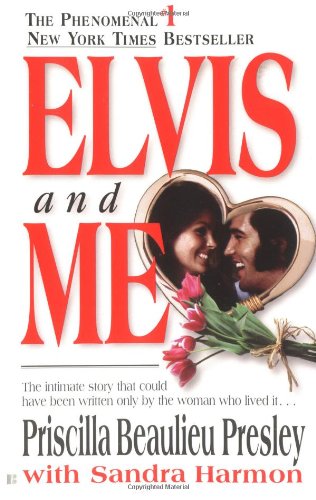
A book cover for Elvis and Me; Priscilla Beaulieu Presley; Biographies & Memoirs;